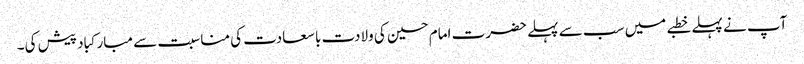
آپ نے پہلے خطبے میں سب سے پہلے حضرت امام حسین کی ولادت با سعادت کی مناسبت سے مبارکباد پیش کی۔